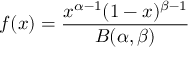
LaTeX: f ( x ) = { \frac { x ^ { \alpha - 1 } ( 1 - x ) ^ { \beta - 1 } } { B ( \alpha , \beta ) } }